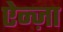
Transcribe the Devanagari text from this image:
ऐन्ज़ा